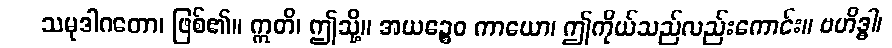
သမုဒါဂတော၊ ဖြစ်၏။ ဣတိ၊ ဤသို့။ အယဉ္စေဝ ကာယော၊ ဤကိုယ်သည်လည်းကောင်း။ ဗဟိဒ္ဓါ၊